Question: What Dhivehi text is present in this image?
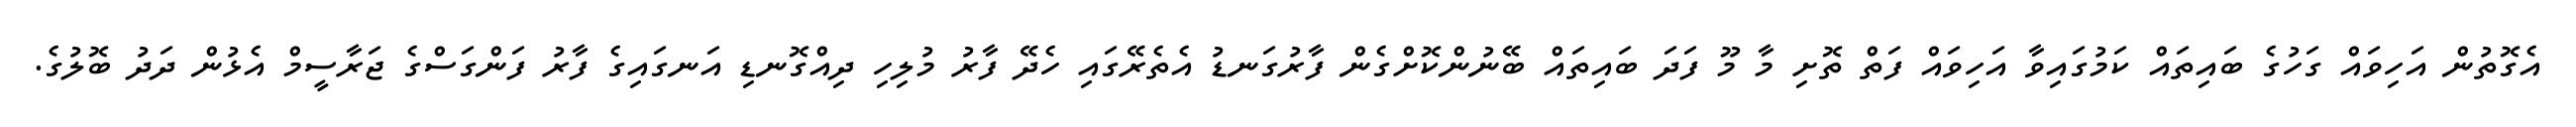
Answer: އެގޮތުން އަހިވައް ގަހުގެ ބައިތައް ކަމުގައިވާ އަހިވައް ފަތް ތޮށި މާ މޫ ފަދަ ބައިތައް ބޭނުންކޮށްގެން ފާރުގަނޑު އެތެރޭގައި ހެދޭ ފާރު މުލިހި ދިއްގޮނޑި އަނގައިގެ ފާރު ފަންގަސްގެ ޖަރާސީމް އެޅުން ދަދު ބޮލުގެ.